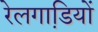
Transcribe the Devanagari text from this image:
रेलगाडि़यों